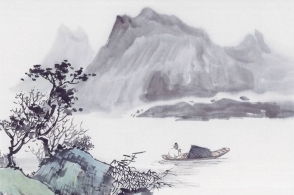
淮南皓月冷千山，冥冥归去无人管。